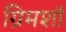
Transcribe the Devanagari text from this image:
ग्रिमशॉ